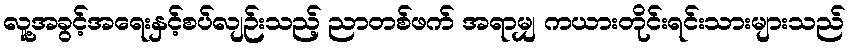
လူ့အခွင့်အရေးနှင့်စပ်လျဉ်းသည့် ညာတစ်ဖက် အရာမျှ ကယားတိုင်းရင်းသားများသည်